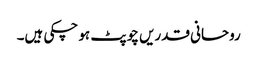
روحانی قدریں چوپٹ ہو چکی ہیں۔